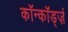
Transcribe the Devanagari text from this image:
कॉन्कॉर्ड्ज़